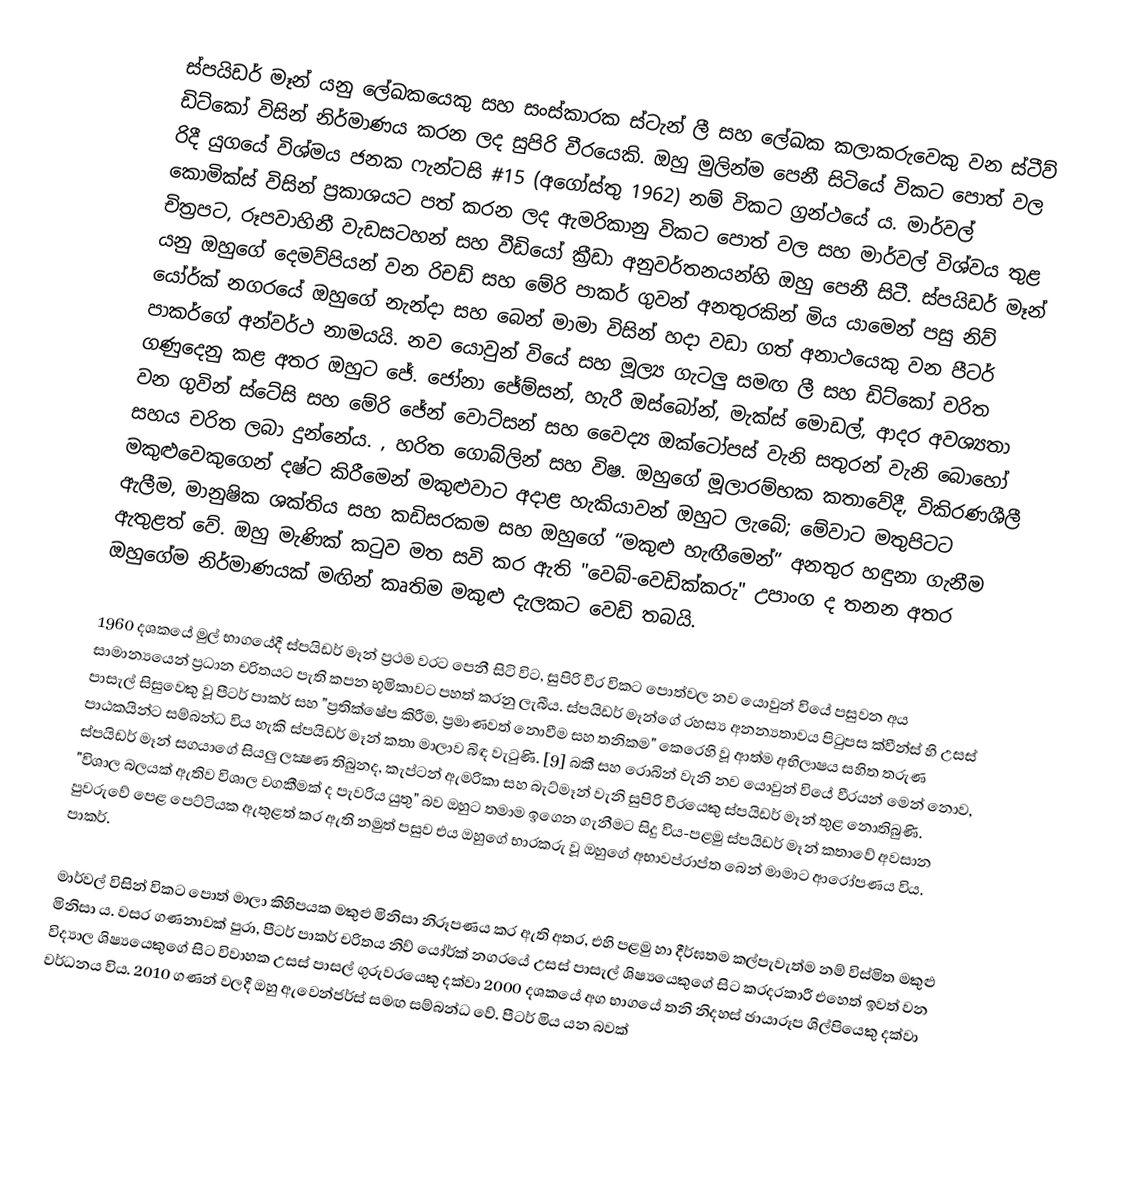
ස්පයිඩර් මෑන් යනු ලේඛකයෙකු සහ සංස්කාරක ස්ටැන් ලී සහ ලේඛක කලාකරුවෙකු වන ස්ටීව් ඩිට්කෝ විසින් නිර්මාණය කරන ලද සුපිරි වීරයෙකි. ඔහු මුලින්ම පෙනී සිටියේ විකට පොත් වල රිදී යුගයේ විශ්මය ජනක ෆැන්ටසි #15 (අගෝස්තු 1962) නම් විකට ග්‍රන්ථයේ ය. මාර්වල් කොමික්ස් විසින් ප්‍රකාශයට පත් කරන ලද ඇමරිකානු විකට පොත් වල සහ මාර්වල් විශ්වය තුළ චිත්‍රපට, රූපවාහිනී වැඩසටහන් සහ වීඩියෝ ක්‍රීඩා අනුවර්තනයන්හි ඔහු පෙනී සිටී. ස්පයිඩර් මෑන් යනු ඔහුගේ දෙමව්පියන් වන රිචඩ් සහ මේරි පාකර් ගුවන් අනතුරකින් මිය යාමෙන් පසු නිව් යෝර්ක් නගරයේ ඔහුගේ නැන්දා සහ බෙන් මාමා විසින් හදා වඩා ගත් අනාථයෙකු වන පීටර් පාකර්ගේ අන්වර්ථ නාමයයි. නව යොවුන් වියේ සහ මූල්‍ය ගැටලු සමඟ ලී සහ ඩිට්කෝ චරිත ගණුදෙනු කළ අතර ඔහුට ජේ. ජෝනා ජේම්සන්, හැරී ඔස්බෝන්, මැක්ස් මොඩල්, ආදර අවශ්‍යතා වන ගුවින් ස්ටේසි සහ මේරි ජේන් වොට්සන් සහ වෛද්‍ය ඔක්ටෝපස් වැනි සතුරන් වැනි බොහෝ සහය චරිත ලබා දුන්නේය. , හරිත ගොබ්ලින් සහ විෂ. ඔහුගේ මූලාරම්භක කතාවේදී, විකිරණශීලී මකුළුවෙකුගෙන් දෂ්ට කිරීමෙන් මකුළුවාට අදාළ හැකියාවන් ඔහුට ලැබේ; මේවාට මතුපිටට ඇලීම, මානුෂික ශක්තිය සහ කඩිසරකම සහ ඔහුගේ “මකුළු හැඟීමෙන්” අනතුර හඳුනා ගැනීම ඇතුළත් වේ. ඔහු මැණික් කටුව මත සවි කර ඇති "වෙබ්-වෙඩික්කරු" උපාංග ද තනන අතර ඔහුගේම නිර්මාණයක් මඟින් කෘතිම මකුළු දැලකට වෙඩි තබයි.

1960 දශකයේ මුල් භාගයේදී ස්පයිඩර් මෑන් ප්‍රථම වරට පෙනී සිටි විට, සුපිරි වීර විකට පොත්වල නව යොවුන් වියේ පසුවන අය සාමාන්‍යයෙන් ප්‍රධාන චරිතයට පැති කපන භූමිකාවට පහත් කරනු ලැබීය. ස්පයිඩර් මෑන්ගේ රහස්‍ය අනන්‍යතාවය පිටුපස ක්වීන්ස් හි උසස් පාසැල් සිසුවෙකු වූ පීටර් පාකර් සහ "ප්‍රතික්ෂේප කිරීම, ප්‍රමාණවත් නොවීම සහ තනිකම" කෙරෙහි වූ ආත්ම අභිලාෂය සහිත තරුණ පාඨකයින්ට සම්බන්ධ විය හැකි ස්පයිඩර් මෑන් කතා මාලාව බිඳ වැටුණි. [9] බකී සහ රොබින් වැනි නව යොවුන් වියේ වීරයන් මෙන් නොව, ස්පයිඩර් මෑන් සගයාගේ සියලු ලක්‍ෂණ තිබුනද, කැප්ටන් ඇමරිකා සහ බැට්මෑන් වැනි සුපිරි වීරයෙකු ස්පයිඩර් මෑන් තුළ නොතිබුණි. "විශාල බලයක් ඇතිව විශාල වගකීමක් ද පැවරිය යුතු" බව ඔහුට තමාම ඉගෙන ගැනීමට සිදු විය-පළමු ස්පයිඩර් මෑන් කතාවේ අවසාන පුවරුවේ පෙළ පෙට්ටියක ඇතුළත් කර ඇති නමුත් පසුව එය ඔහුගේ භාරකරු වූ ඔහුගේ අභාවප්රාප්ත බෙන් මාමාට ආරෝපණය විය. පාකර්.

මාර්වල් විසින් විකට පොත් මාලා කිහිපයක මකුළු මිනිසා නිරූපණය කර ඇති අතර, එහි පළමු හා දීර්ඝතම කල්පැවැත්ම නම් විස්මිත මකුළු මිනිසා ය. වසර ගණනාවක් පුරා, පීටර් පාකර් චරිතය නිව් යෝර්ක් නගරයේ උසස් පාසැල් ශිෂ්‍යයෙකුගේ සිට කරදරකාරී එහෙත් ඉවත් වන විද්‍යාල ශිෂ්‍යයෙකුගේ සිට විවාහක උසස් පාසල් ගුරුවරයෙකු දක්වා 2000 දශකයේ අග භාගයේ තනි නිදහස් ඡායාරූප ශිල්පියෙකු දක්වා වර්ධනය විය. 2010 ගණන් වලදී ඔහු ඇවෙන්ජර්ස් සමඟ සම්බන්ධ වේ. පීටර් මිය යන බවක්